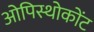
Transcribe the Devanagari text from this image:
ओपिस्थोकोंट